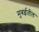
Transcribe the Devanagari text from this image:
मुबईतील